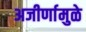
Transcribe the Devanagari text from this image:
अजीर्णामुळे